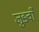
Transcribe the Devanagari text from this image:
जुङवाँ